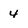
Character: 4